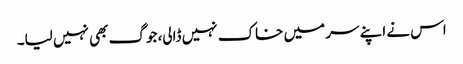
اس نے اپنے سر میں خاک نہیں ڈالی، جوگ بھی نہیں لیا۔